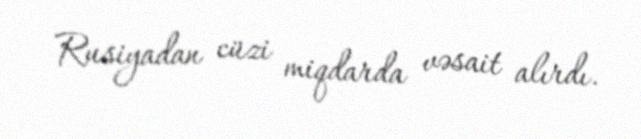
Rusiyadan cüzi miqdarda vəsait alırdı.